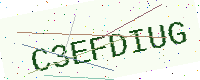
Text: C3EFDIUG